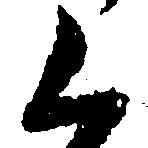
く